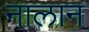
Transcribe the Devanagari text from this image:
नालान